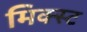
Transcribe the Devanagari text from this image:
मिक्स्ट